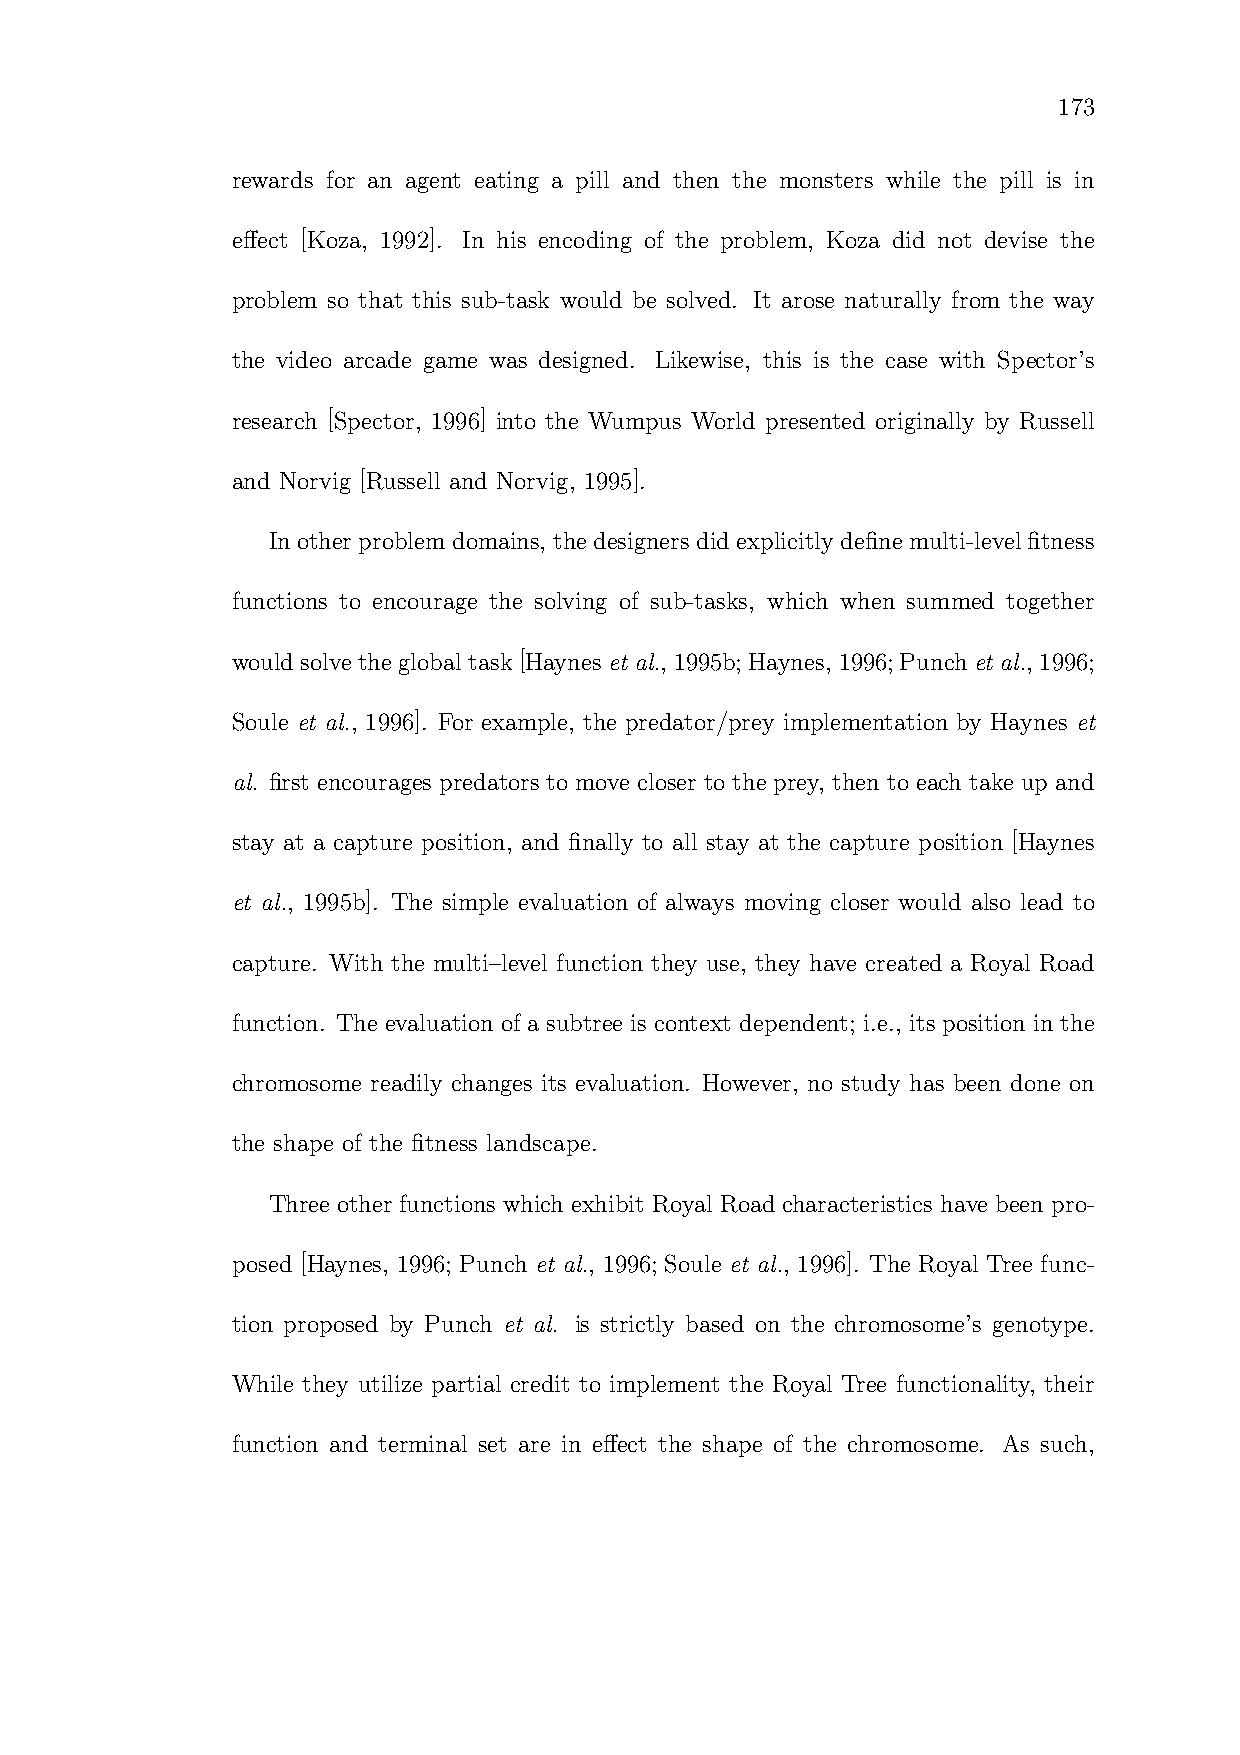
173
 rewards for an agent eating a pill and then the monsters while the pill is in
 effect [Koza, 1992]. In his encoding of the problem, Koza did not devise the
 problem so that this sub-task would be solved. It arose naturally from the way
 the video arcade game was designed. Likewise, this is the case with Spector’s
 research [Spector, 1996] into the Wumpus World presented originally by Russell
 and Norvig [Russell and Norvig, 1995].
 In other problem domains, thedesigners did explicitly define multi-level fitness
 functions to encourage the solving of sub-tasks, which when summed together
 wouldsolve theglobaltask[Haynes et al., 1995b;Haynes, 1996;Punch et al., 1996;
 Soule et al., 1996]. For example, the predator/prey implementation by Haynes et
 al. first encourages predators to move closer to the prey, then to each take up and
 stay at a capture position, and finally to all stay at the capture position [Haynes
 et al., 1995b]. The simple evaluation of always moving closer would also lead to
 capture. With the multi–level function they use, they have created a Royal Road
 function. The evaluation of a subtree is context dependent; i.e., its position in the
 chromosome readily changes its evaluation. However, no study has been done on
 the shape of the fitness landscape.
 Three other functions which exhibit Royal Road characteristics have been pro-
 posed [Haynes, 1996; Punch et al., 1996; Soule et al., 1996]. The Royal Tree func-
 tion proposed by Punch et al. is strictly based on the chromosome’s genotype.
 While they utilize partial credit to implement the Royal Tree functionality, their
 function and terminal set are in effect the shape of the chromosome. As such,